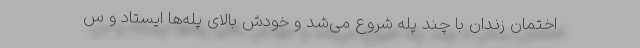
اختمان زندان با چند پله شروع می‌شد و خودش بالای پله‌ها ایستاد و س